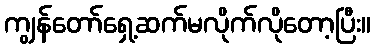
ကျွန်တော်ရှေ့ဆက်မလိုက်လိုတော့ပြီး။